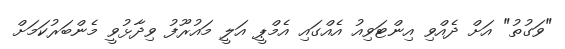
"ވަގުތު" އަށް ދެއްވި އިންޓަވިއު އެއްގައި އެމްޕީ އަލީ މައުރޫފު ވިދާޅުވީ މެންބަރުކަމަށް